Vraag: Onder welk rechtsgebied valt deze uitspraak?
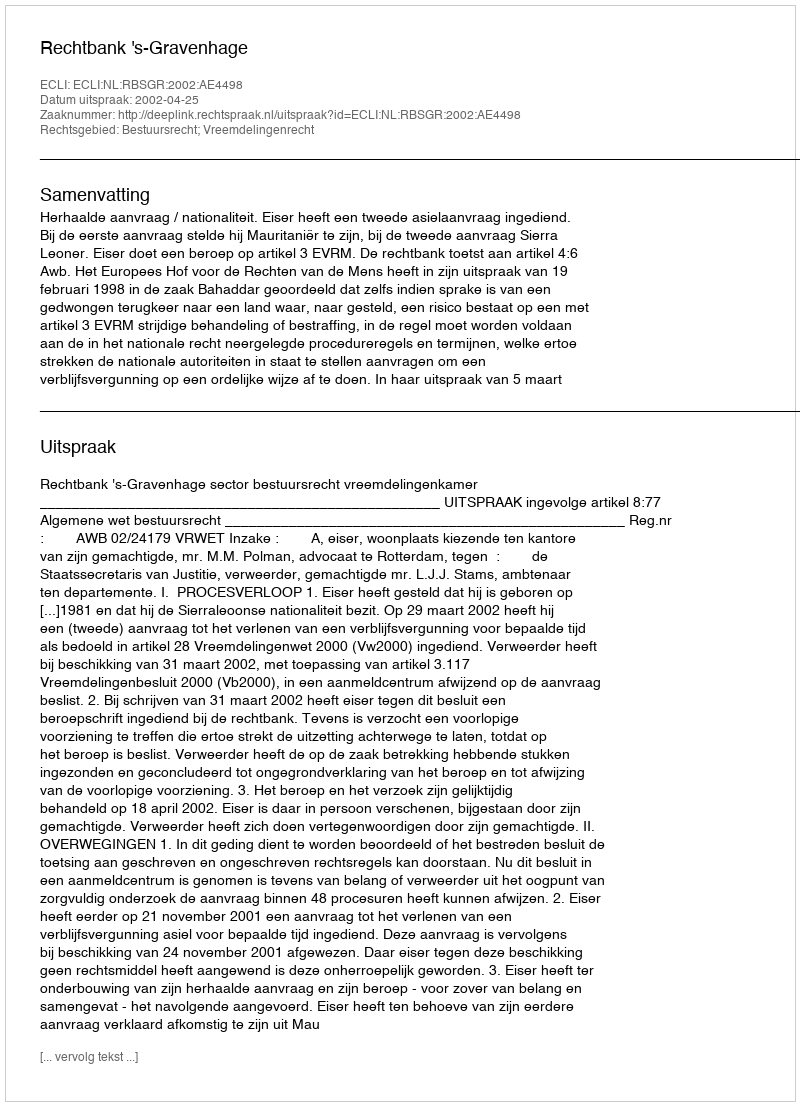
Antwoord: Bestuursrecht; Vreemdelingenrecht